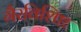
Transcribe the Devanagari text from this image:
गैरविशिष्ट